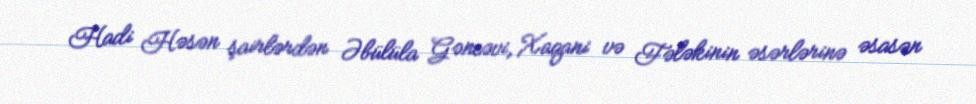
Hadi Həsən şairlərdən Əbülüla Gəncəvi, Xaqani və Fələkinin əsərlərinə əsasən